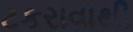
ટકરાવાથી